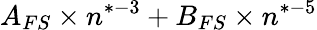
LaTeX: A_{FS}\times n^{*-3}+B_{FS}\times n^{*-5}